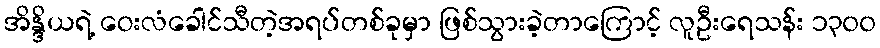
အိန္ဒိယရဲ့ ဝေးလံခေါင်သီတဲ့အရပ်တစ်ခုမှာ ဖြစ်သွားခဲ့တာကြောင့် လူဦးရေသန်း ၁၃၀၀